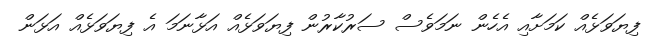
ފިޔަވަޅެއް ކަމަށާއި އެހެން ނަމަވެސް ސަރުކާރުން ފިޔަވަޅެއް އަޅާނަމަ އެ ފިޔަވަޅެއް އަޅަން